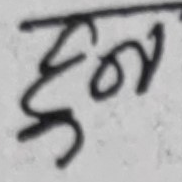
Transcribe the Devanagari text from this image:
हुन